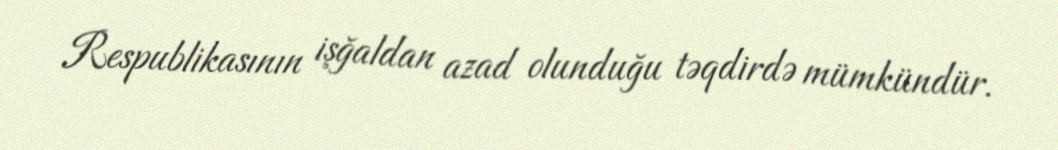
Respublikasının işğaldan azad olunduğu təqdirdə mümkündür.